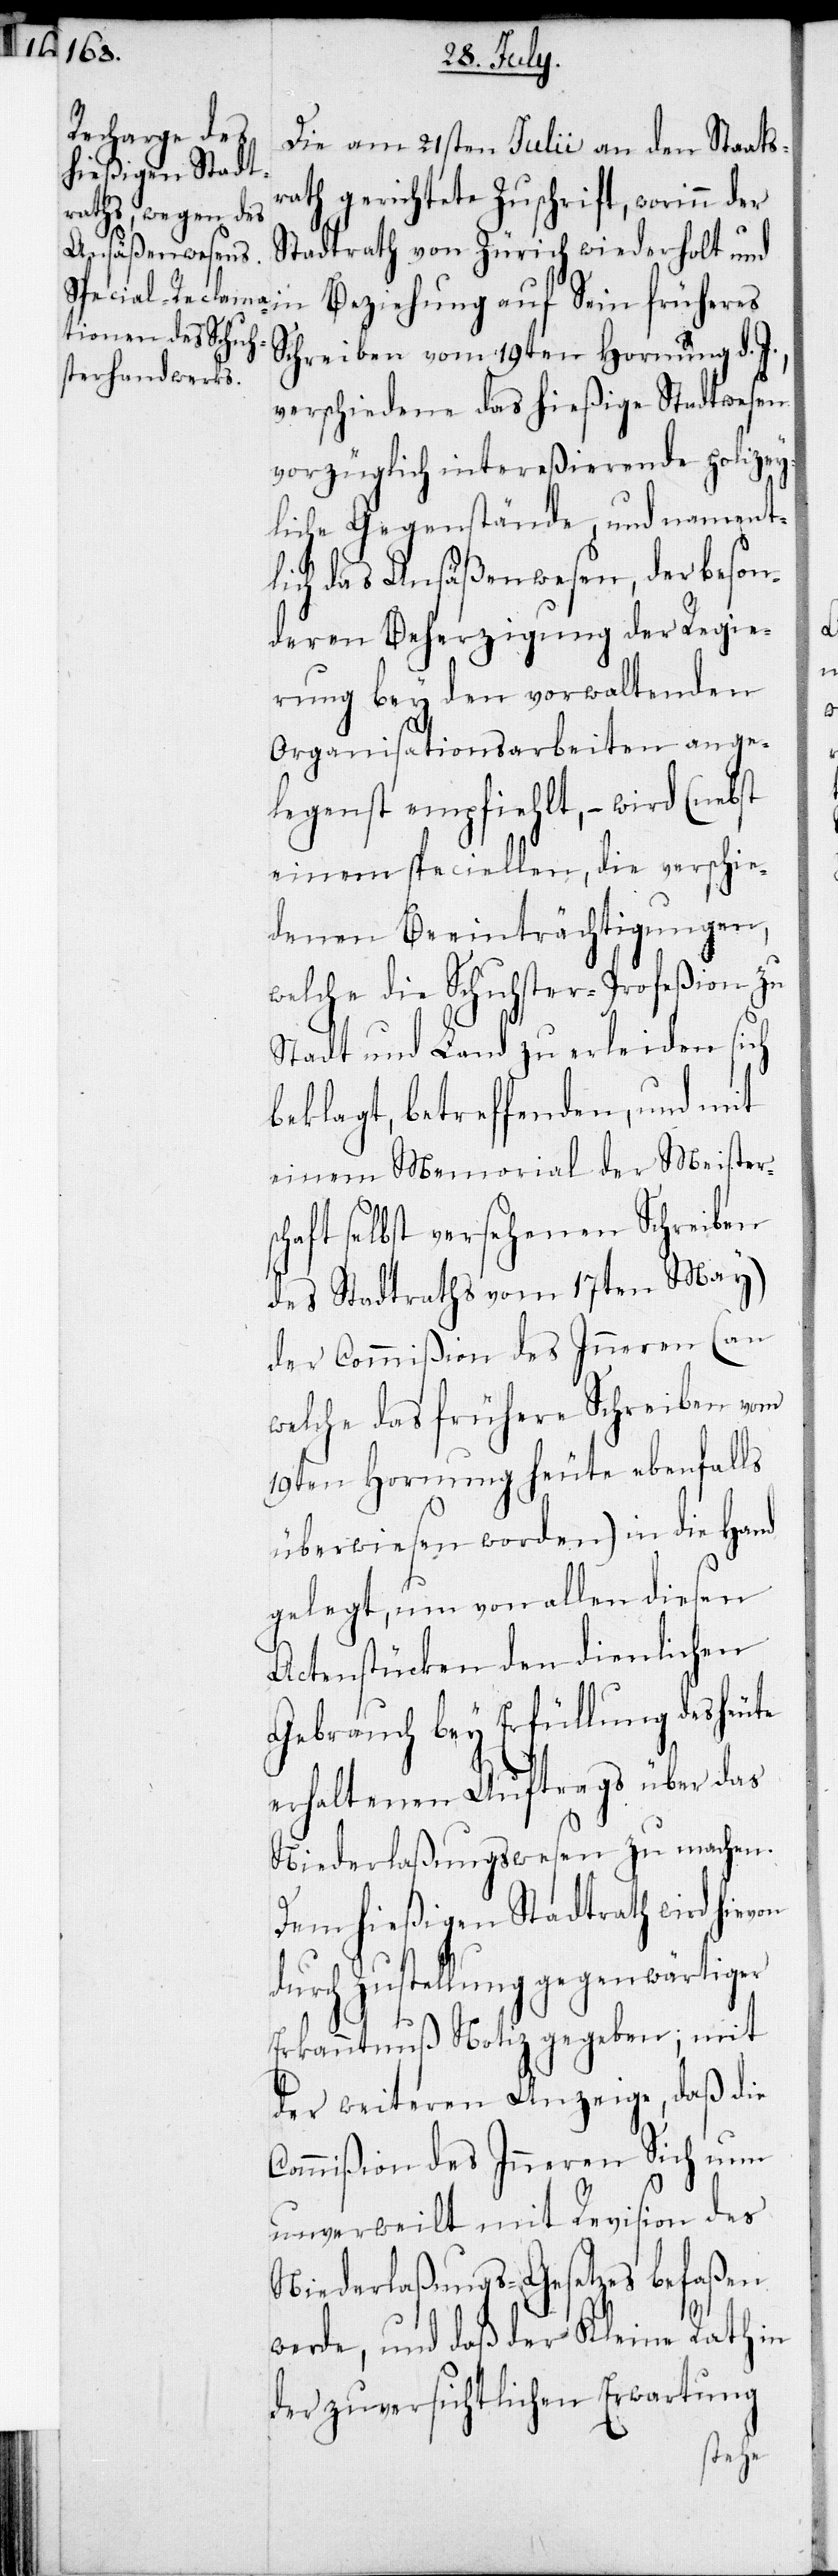
Die am 21sten Julii an den Staats¬
rath gerichtete Zuschrift, worinn der
Stadtrath von Zürich wiederholt und
Schreiben vom 19ten Hornung d.
verschiedene das hießige Stadtwesen
vorzüglich intereßierende polizey¬
liche Gegenstände, und nament¬
lich das Ansäßenwesen, der beson¬
deren Beherzigung der Regie¬
rung bey den vorwaltenden
Organisationsarbeiten ange¬
legenst empfiehlt, – wird (nebst
einem speciellen, die verschie¬
denen Beeinträchtigungen,
welche die Schuhster-Profeßion zu
Stadt und Land zu erleiden sich
beklagt, betreffenden, und mit
einem Memorial der Meisters¬
chaft selbst versehenen Schreiben
des Stadtraths vom 17ten May)
der Commißion des Inneren (an
welche das frühere Schreiben vom
19ten Hornung heute ebenfalls
überwiesen worden) in die Hand
gelegt, um von allen diesen
Actenstücken den dienlichen
Gebrauch bey Erfüllung des heute
erhaltenen Auftrags über das
Niederlaßungswesen zu machen.
Dem hießigen Stadtrath wird hievon
durch Zustellung gegenwärtiger
Erkanntnuß Notiz gegeben; mit
der weiteren Anzeige, daß die
Commißion des Inneren Sich nun
unverweilt mit Revision des
Niederlaßungs-Gesetzes befaßen
werde, und daß der Kleine Rath in
der zuversichtlichen Erwartung